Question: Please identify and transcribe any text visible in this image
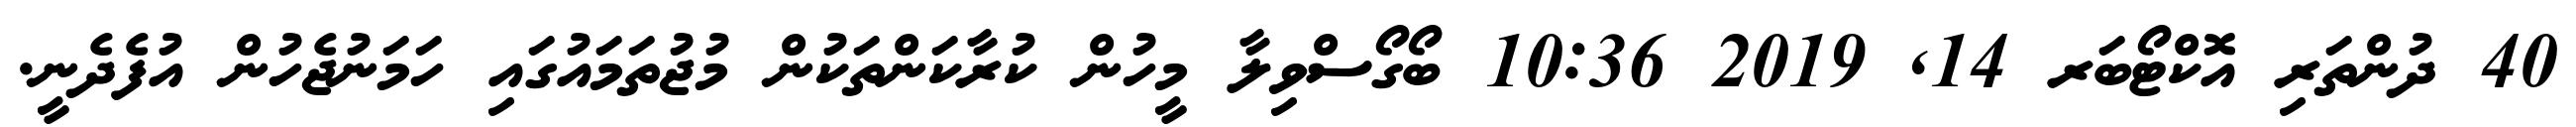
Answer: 40 ދުންތަރި އޮކްޓޯބަރ 14, 2019 10:36 ބޯގޯސްވިލާ މީހުން ކުރާކަންތަކުން މުޖުތަމައުގައި ހަމަނުޖެހުން އުފެދެނީ.